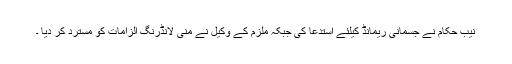
نیب حکام نے جسمانی ریمانڈ کیلئے استدعا کی جبکہ ملزم کے وکیل نے منی لانڈرنگ الزامات کو مسترد کر دیا ۔